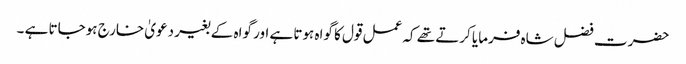
حضرت فضل شاہ فرمایا کرتے تھے کہ عمل قول کا گواہ ہوتا ہے اور گواہ کے بغیر دعویٰ خارج ہوجاتا ہے ۔